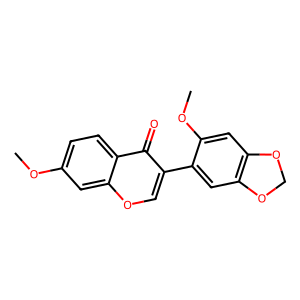
SMILES: COc1ccc2c(=O)c(-c3cc4c(cc3OC)OCO4)coc2c1
Inhibits HIV replication: No